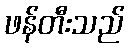
ဖန်တီးသည်